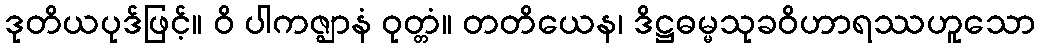
ဒုတိယပုဒ်ဖြင့်။ ဝိ ပါကဇ္ဈာနံ ဝုတ္တံ။ တတိယေန၊ ဒိဋ္ဌဓမ္မသုခဝိဟာရဿဟူသော